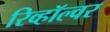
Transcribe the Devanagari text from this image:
रिव्हॉल्वर